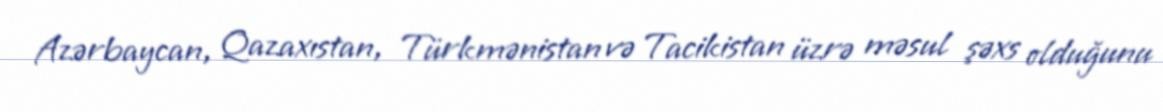
Azərbaycan, Qazaxıstan, Türkmənistan və Tacikistan üzrə məsul şəxs olduğunu